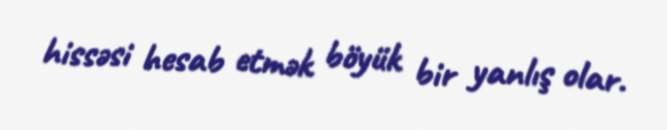
hissəsi hesab etmək böyük bir yanlış olar.